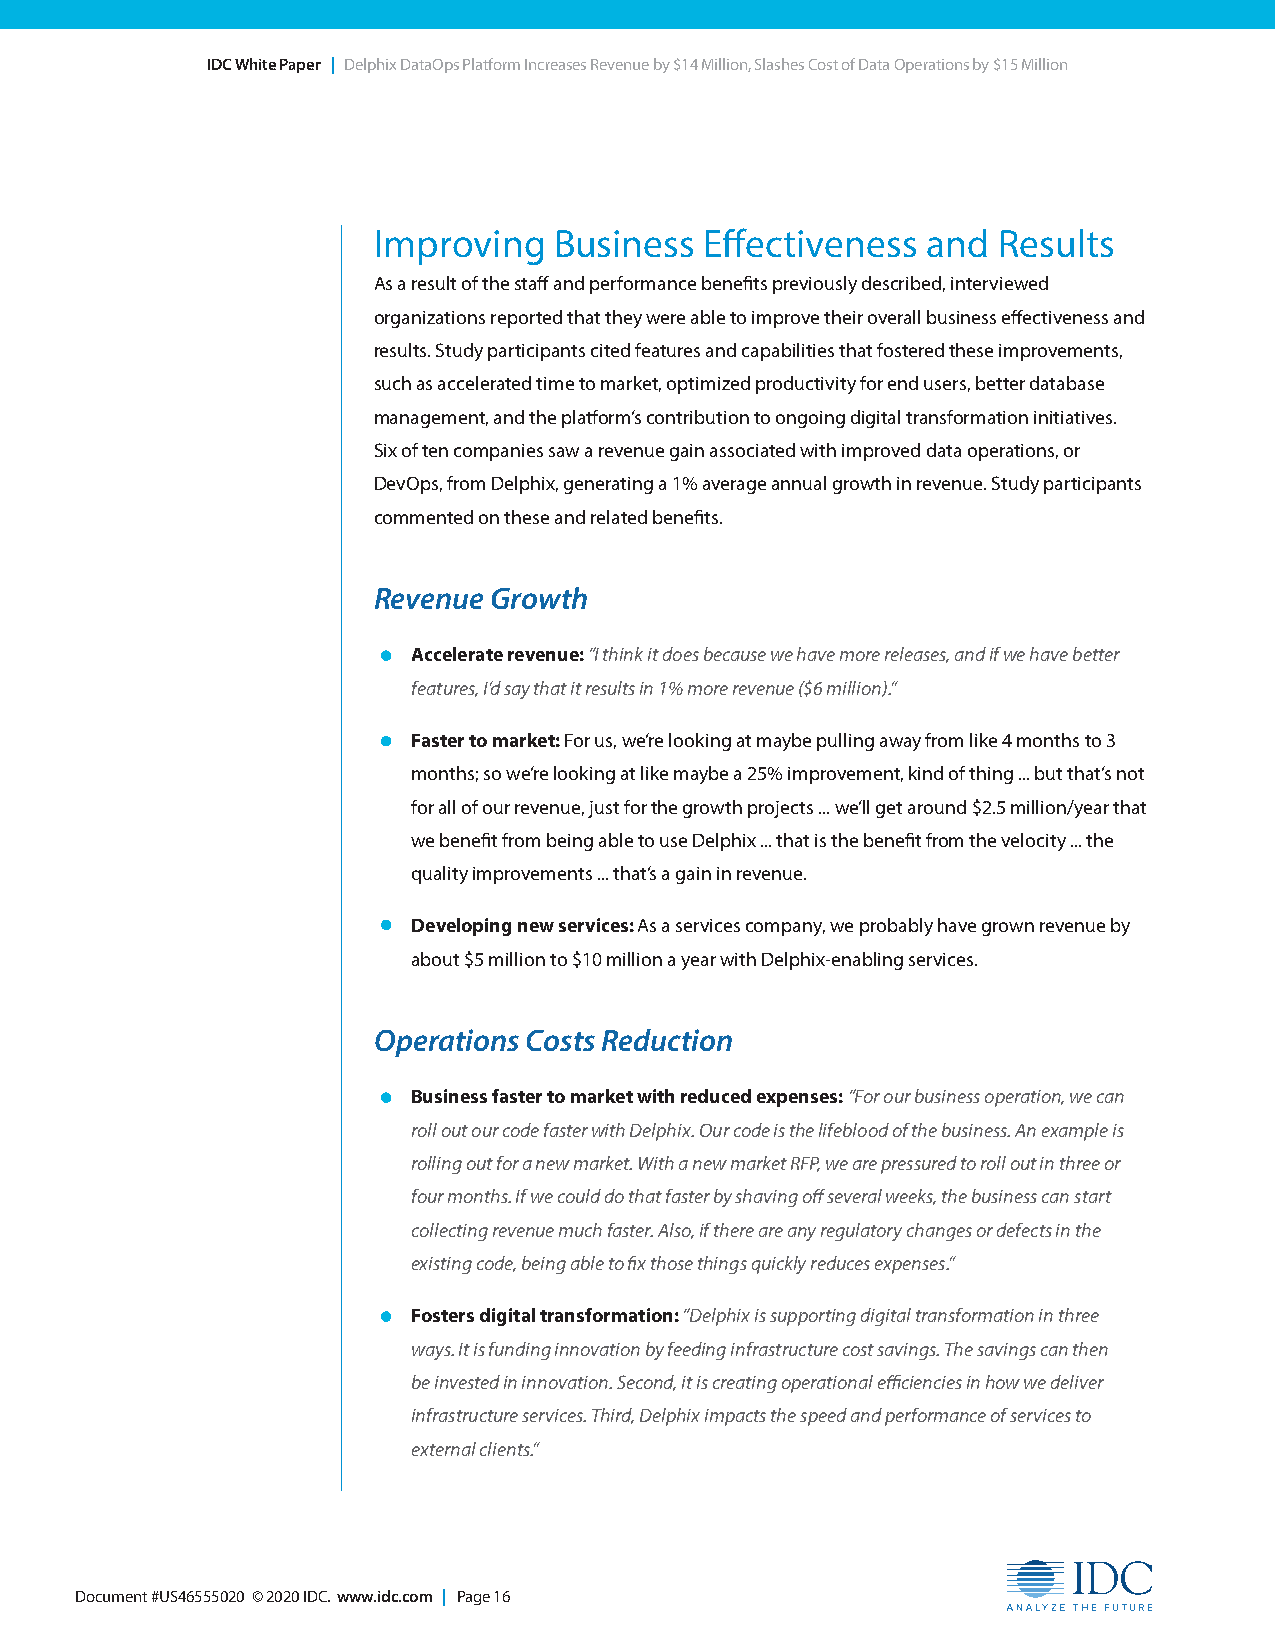
IDC White Paper | Delphix DataOps Platform Increases Revenue by $14 Million, Slashes Cost of Data Operations by $15 Million
 Improving   Business  Effectiveness and  Results
 As a result of the staff and performance benefits previously described, interviewed
 organizations reported that they were able to improve their overall business effectiveness and
 results. Study participants cited features and capabilities that fostered these improvements,
 such as accelerated time to market, optimized productivity for end users, better database
 management, and the platform’s contribution to ongoing digital transformation initiatives.
 Six of ten companies saw a revenue gain associated with improved data operations, or
 DevOps, from Delphix, generating a 1% average annual growth in revenue. Study participants
 commented on these and related benefits.
 Revenue Growth
 • Accelerate revenue: “I think it does because we have more releases, and if we have better
 features, I’d say that it results in 1% more revenue ($6 million).”
 • Faster to market: For us, we’re looking at maybe pulling away from like 4 months to 3
 months; so we’re looking at like maybe a 25% improvement, kind of thing ... but that’s not
 for all of our revenue, just for the growth projects ... we’ll get around $2.5 million/year that
 we benefit from being able to use Delphix ... that is the benefit from the velocity ... the
 quality improvements ... that’s a gain in revenue.
 • Developing new services: As a services company, we probably have grown revenue by
 about $5 million to $10 million a year with Delphix-enabling services.
 Operations Costs Reduction
 • Business faster to market with reduced expenses: “For our business operation, we can
 roll out our code faster with Delphix. Our code is the lifeblood of the business. An example is
 rolling out for a new market. With a new market RFP, we are pressured to roll out in three or
 four months. If we could do that faster by shaving off several weeks, the business can start
 collecting revenue much faster. Also, if there are any regulatory changes or defects in the
 existing code, being able to fix those things quickly reduces expenses.”
 • Fosters digital transformation: “Delphix is supporting digital transformation in three
 ways. It is funding innovation by feeding infrastructure cost savings. The savings can then
 be invested in innovation. Second, it is creating operational efficiencies in how we deliver
 infrastructure services. Third, Delphix impacts the speed and performance of services to
 external clients.”
 Document #US46555020 © 2020 IDC. www.idc.com | Page 16